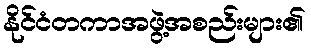
နိုင်ငံတကာအဖွဲ့အစည်းများ၏